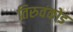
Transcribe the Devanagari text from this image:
तिरुवंकोड